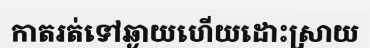
កាតរត់ទៅឆ្ងាយហើយដោះស្រាយ